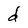
Character: d